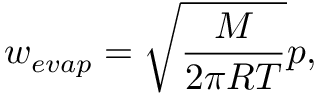
{ w _ { e v a p } } = \sqrt { \frac { M } { { 2 \pi R T } } } p ,